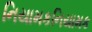
નિયામકનિયામક